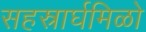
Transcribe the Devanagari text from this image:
सहस्रार्घमिळो